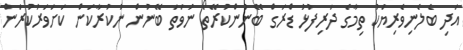
އަދި ބެލެނިވެރިޔަކު ތިމާގެ ދަރިފުޅު ޑްރަގް ބޭނުންކުރޭތޯ ނުވަތަ ބޭނުން ނުކުރާކަން ކަށަވަރުކުރަން